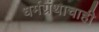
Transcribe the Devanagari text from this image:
धर्मग्रंथाचाही